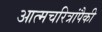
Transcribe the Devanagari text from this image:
आत्मचरित्रांपैकी